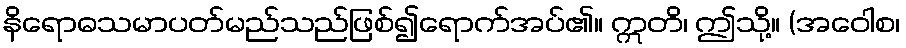
နိရောဓသမာပတ်မည်သည်ဖြစ်၍ရောက်အပ်၏။ ဣတိ၊ ဤသို့။ (အဝေါစ၊